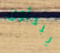
يبدأون